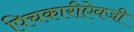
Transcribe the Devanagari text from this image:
पिचकारीऐवजी